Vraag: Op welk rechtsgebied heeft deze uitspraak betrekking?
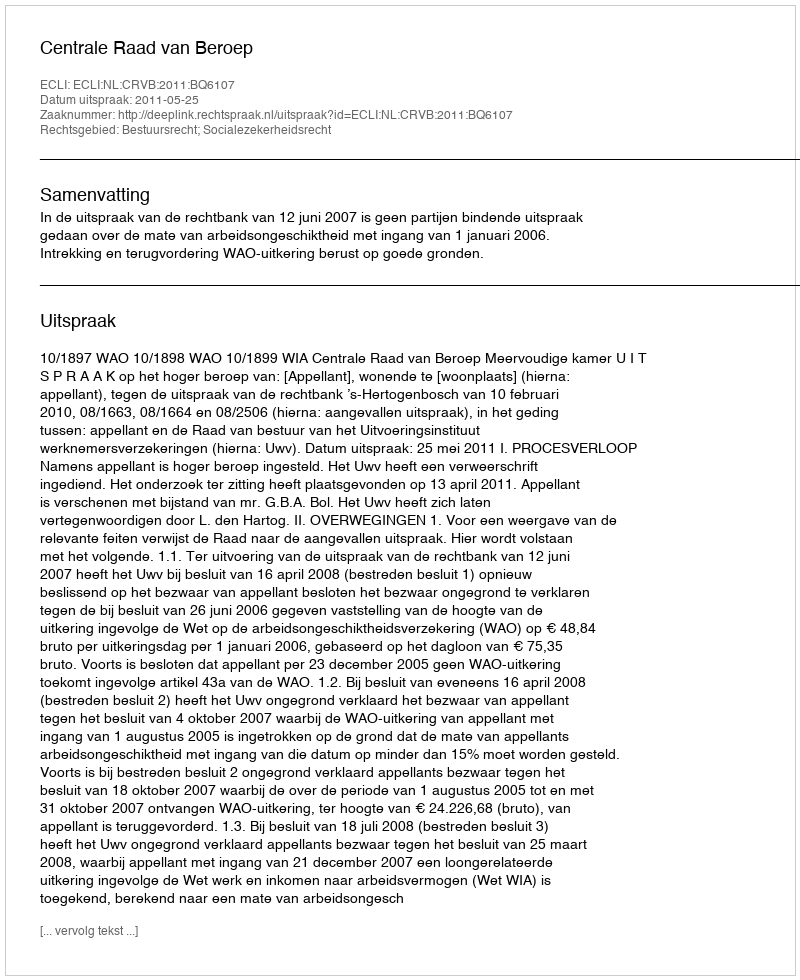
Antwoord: Bestuursrecht; Socialezekerheidsrecht